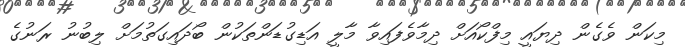
މިކަން ވެގެން ދިޔައީ މިފްކޯއަށް ދިމާވެފައިވާ މާލީ އަޑިގުޑަންތަކުން ބޯދަައިގަތުމަށް ލިބުނު ރަނުގެ